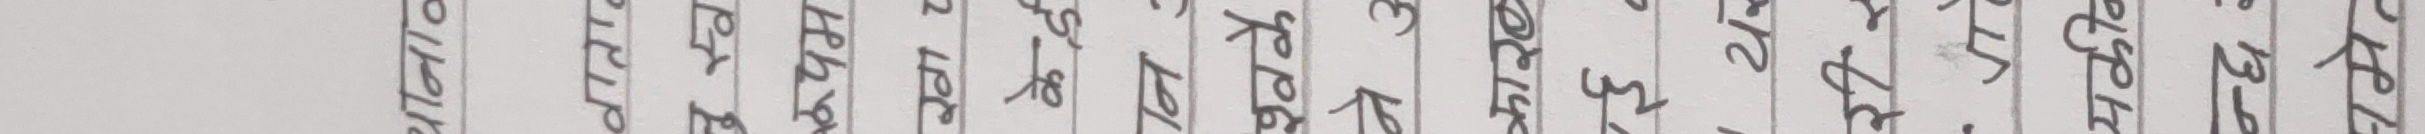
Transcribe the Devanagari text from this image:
थानाव
वाताव
नू स्व
रूपम
खा ८
केई
नि:
श्वकै
ने अ
कारब
ई.
री र
यकीन
न्छ
नमेत